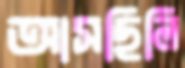
আসছিলি